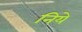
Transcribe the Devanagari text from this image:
निये